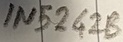
Text: IN5242B